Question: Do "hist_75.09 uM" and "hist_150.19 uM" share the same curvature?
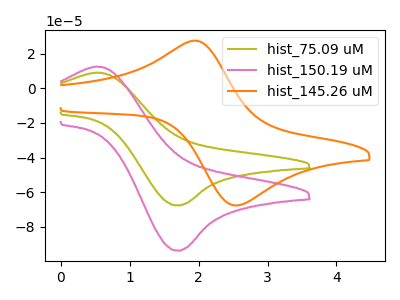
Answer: <think>The olive curve "hist_75.09 uM" has an anodic peak at (0.55V, 9.05uA) and a cathodic peak at (1.70V, -67.60uA). The pink curve "hist_150.19 uM" has an anodic peak at (0.55V, 12.55uA) and a cathodic peak at (1.70V, -93.75uA). The orange curve "hist_145.26 uM" has an anodic peak at (1.95V, 27.45uA) and a cathodic peak at (2.60V, -67.50uA).
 All the peaks in "hist_75.09 uM" have a peak in "hist_150.19 uM" at the same potential. Every peak in "hist_75.09 uM" is lower than every peak in "hist_150.19 uM".</think>
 <answer>"hist_75.09 uM" and "hist_150.19 uM" are similar in shape.</answer>
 <eval>same_shape</eval>